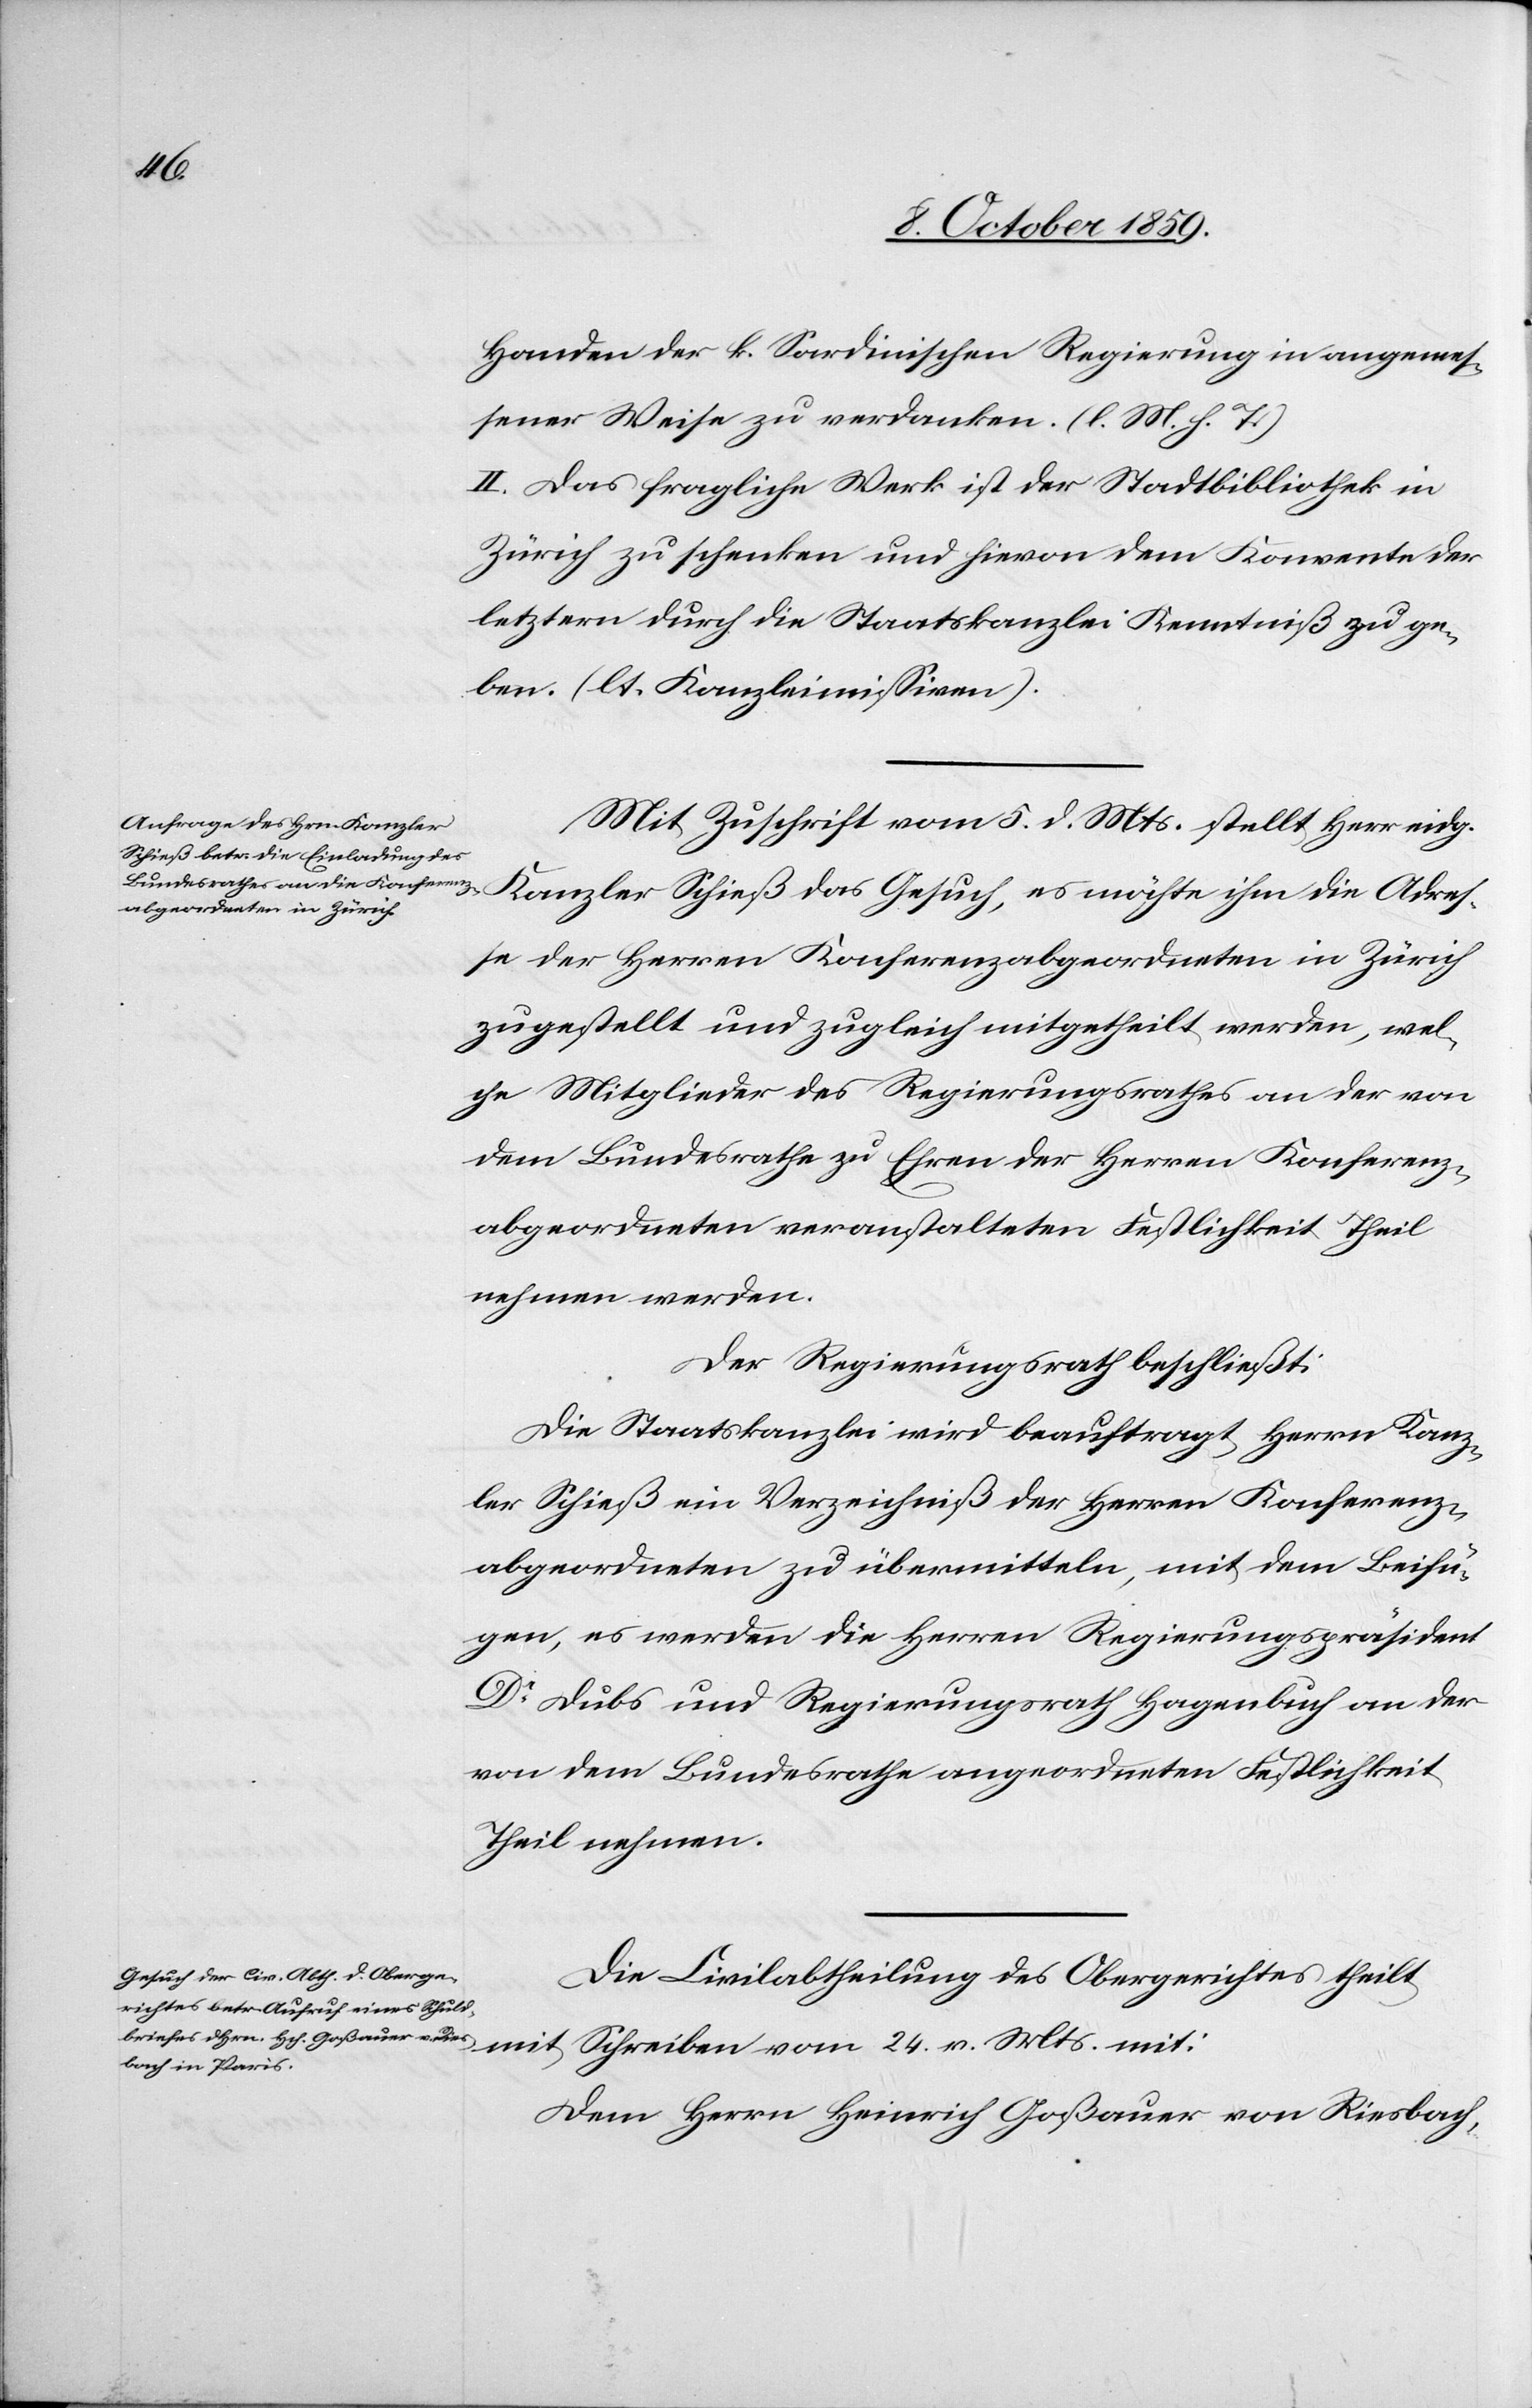
24.
Handen der k. Sardinischen Regierung in angemes¬
sener Weise zu verdanken. (l. M. s. T.)
II. Das fragliche Werk ist der Stadtbibliothek in
Zürich zu schenken und hievon dem Konvente des
letztern durch die Staatskanzlei Kenntniß zu ge¬
ben. (lt. Kanzleimissiven).
Mit Zuschrift vom 5. d. Mts. stellt Herr eidg.
se der Herren Konferenzabgeordneten in Zürich
zugestellt und zugleich mitgetheilt werden, wel¬
che Mitglieder des Regierungsrathes an der von
dem Bundesrathe zu Ehren der Herren Konferenz¬
abgeordneten veranstalteten Festlichkeit Theil
nehmen werden.
Der Regierungsrath beschließt:
Die Staatskanzlei wird beauftragt, Herrn Kanz¬
ler Schieß ein Verzeichniß der Herren Konferenz¬
abgeordneten zu übermitteln, mit dem Beifü¬
gen, es werden die Herren Regierungspräsident
Dr Dubs und Regierungsrath Hagenbuch an der
von dem Bundesrathe angeordneten Festlichkeit
Theil nehmen.
Die Civilabtheilung des Obergerichtes theilt
Dem Herrn Heinrich Goßauer von Riesbach,